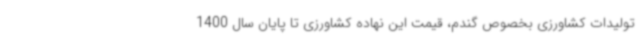
تولیدات کشاورزی بخصوص گندم، قیمت این نهاده کشاورزی تا پایان سال 1400